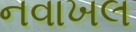
નવાખલ